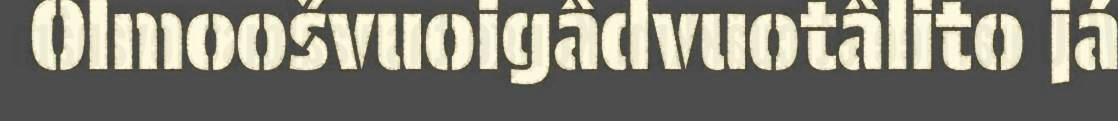
Olmoošvuoigâdvuotâlito já